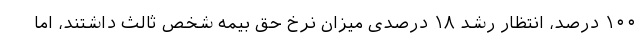
۱۰۰ درصد، انتظار رشد ۱۸ درصدی میزان نرخ حق بیمه شخص ثالث داشتند، اما